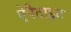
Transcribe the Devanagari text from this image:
ऐपैटाइट